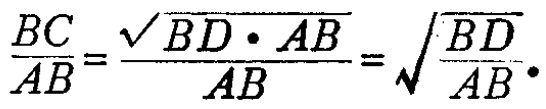
\(\frac{BC}{AB}=\frac{\sqrt{BD\cdot AB}}{AB}=\sqrt{\frac{BD}{AB}}\cdot\)